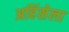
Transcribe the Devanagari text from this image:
अहिंसेला